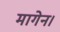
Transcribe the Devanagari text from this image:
मागेन।